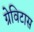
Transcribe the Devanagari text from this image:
ग्रेविटास